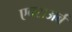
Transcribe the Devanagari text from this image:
एक्सअर्ब